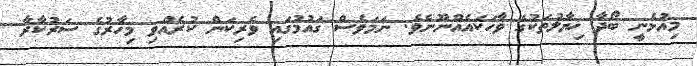
މިއުޅެނީ ބޯދާ ޚިޔާލުތަކުގެ ވާހަކައެއްނޫނެވެ. ނަމަވެސް ގައުމުގައި ވެރިކަން ކުރެއްވި މިހާރުގެ ސަރުކާރާ